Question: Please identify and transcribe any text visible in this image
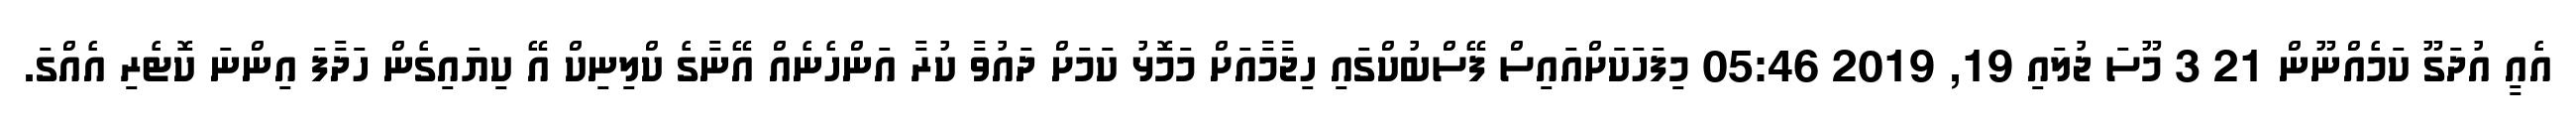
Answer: އެއީ އުދަގޫ ކަމެއްނޫން 21 3 މޫސަ ޖުލައި 19, 2019 05:46 މިފަހަކަށްއައިސް ފޭސްބުކްގައި ހިޖާމާއަށް މަމޮޅު ކަމަށް ދައުވާ ކުރާ އަންހެނެއް އޭނާގެ ކްލިނިކް އޭ ކިޔައިގެން ހަދާފަ އިންނަ ކޮޓެރި އެއްގަ.